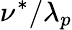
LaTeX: \nu^{*}/\lambda_{p}